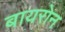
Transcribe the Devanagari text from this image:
बायरोन